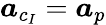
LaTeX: \boldsymbol{a}_{c_{I}}=\boldsymbol{a}_{p}